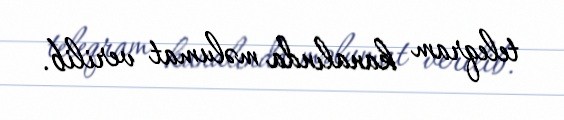
teleqram kanalında məlumat verilib.